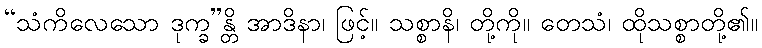
“သံကိလေသော ဒုက္ခ”န္တိ အာဒိနာ၊ ဖြင့်။ သစ္စာနိ၊ တို့ကို။ တေသံ၊ ထိုသစ္စာတို့၏။